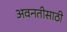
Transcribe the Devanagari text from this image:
अवनतीसाठी